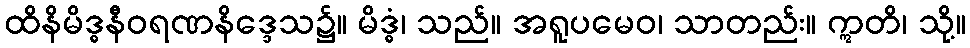
ထိနိမိဒ္ဓနီဝရဏနိဒ္ဒေသ၌။ မိဒ္ဓံ၊ သည်။ အရူပမေဝ၊ သာတည်း။ ဣတိ၊ သို့။